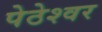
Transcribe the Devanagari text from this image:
पेठेश्वर